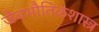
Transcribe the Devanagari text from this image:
जैवभौतिकशास्त्र